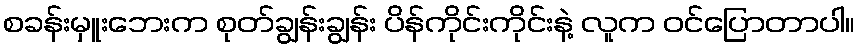
စခန်းမှူးဘေးက စုတ်ချွန်းချွန်း ပိန်ကိုင်းကိုင်းနဲ့ လူက ဝင်ပြောတာပါ။